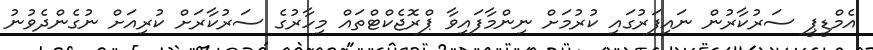
އެމްޑީޕީ ސަރުކާރުން ނައިފަރުގައި ކުރުމަށް ނިންމާފައިވާ ޕްރޮޖެކްޓްތައް މިހާރުގެ ސަރުކާރަށް ކުރިއަށް ނުގެންދެވުނު